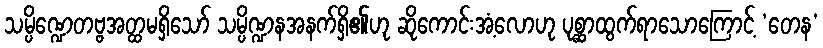
သမ္ပိဏ္ဍေတဗ္ဗအတ္ထမရှိသော် သမ္ပိဏ္ဍနအနက်ရှိ၏ဟု ဆိုကောင်းအံ့လောဟု ပုစ္ဆာထွက်ရာသောကြောင့် ‘တေန’